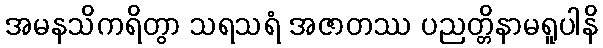
အမနသိကရိတွာ သရသရံ အဇာတဿ ပညတ္တိနာမရူပါနိ